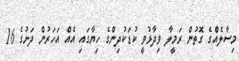
މިސާލެއްގެ ގޮތުން ރަމީލާ ވިދާޅުވީ ކުޑަކުދިންގެ ހިޔާގައި އެއް އަހަރުން ދަށުގެ 16